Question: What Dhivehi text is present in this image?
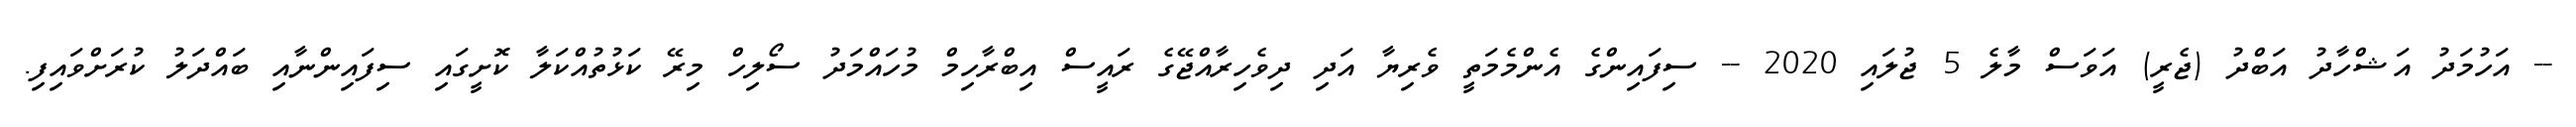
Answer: -- އަހުމަދު އަޝްހާދު އަބްދު (ޖެރީ) އަވަސް މާލެ 5 ޖުލައި 2020 -- ސިފައިންގެ އެންމެމަތީ ވެރިޔާ އަދި ދިވެހިރާއްޖޭގެ ރައީސް އިބްރާހިމް މުހައްމަދު ސޯލިހް މިރޭ ކަޅުތުއްކަލާ ކޮށީގައި ސިފައިންނާއި ބައްދަލު ކުރަށްވައިފި.